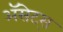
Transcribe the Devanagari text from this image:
ॲसेट्स